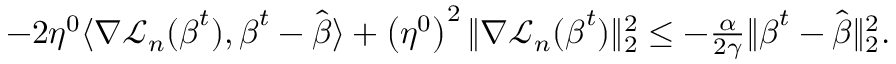
\begin{array} { r } { - 2 \eta ^ { 0 } \langle \nabla { \mathcal L } _ { n } ( { \boldsymbol { \beta } } ^ { t } ) , { \boldsymbol { \beta } } ^ { t } - \hat { \boldsymbol { \beta } } \rangle + \left( \eta ^ { 0 } \right) ^ { 2 } \| \nabla { \mathcal L } _ { n } ( { \boldsymbol { \beta } } ^ { t } ) \| _ { 2 } ^ { 2 } \leq - \frac { \alpha } { 2 \gamma } \| { \boldsymbol { \beta } } ^ { t } - \hat { \boldsymbol { \beta } } \| _ { 2 } ^ { 2 } . } \end{array}